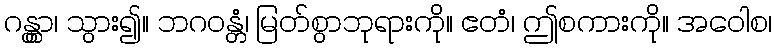
ဂန္တွာ၊ သွား၍။ ဘဂဝန္တံ၊ မြတ်စွာဘုရားကို။ ဧတံ၊ ဤစကားကို။ အဝေါစ၊